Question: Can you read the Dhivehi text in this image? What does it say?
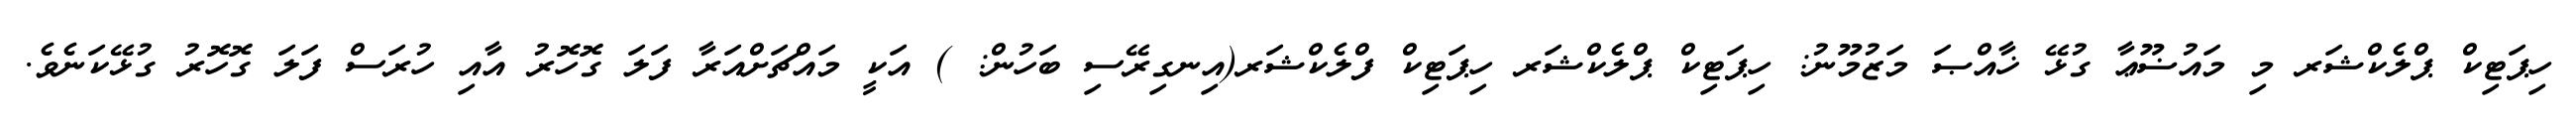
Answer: ހިޕަޓިކް ޕްލެކްޝަރ މި މައުޟޫޢާ ގުޅޭ ޚާއްޞަ މަޒުމޫނު: ހިޕަޓިކް ޕްލެކްޝަރ ހިޕަޓިކް ފްލެކްޝަރ(އިނގިރޭސި ބަހުން: ) އަކީ މައްޗަށްއަރާ ފަލަ ގޮހޮރު އާއި ހުރަސް ފަލަ ގޮހޮރު ގުޅޭކަނެވެ.